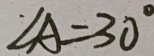
\angle A = 3 0 ^ { \circ }